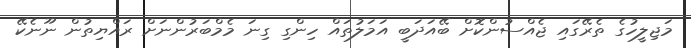
މަޖިލީހުގެ ތެރޭގައި ޖެއްސުންކޮށް ބޭއަދަބީ އަމަލުތައް ހިންގި ގިނަ މެމްބަރުންނަށް ރައްޔިތުން ނޫނެކޭ